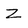
Character: Z